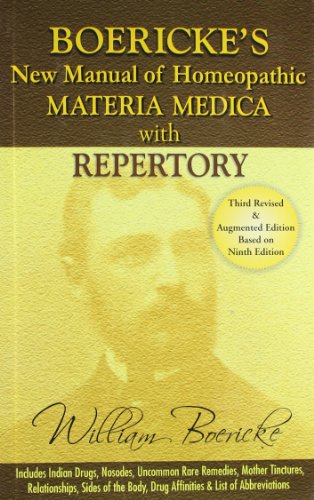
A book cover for Boericke's New Manual of Homeopathic Materia Medica with Repertory; William Boericke; Health, Fitness & Dieting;